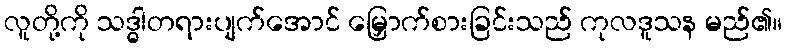
လူတို့ကို သဒ္ဓါတရားပျက်အောင် မြှောက်စားခြင်းသည် ကုလဒူသန မည်၏။